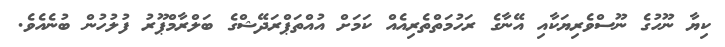
ކިޔާ ނޫހުގެ ނޫސްވެރިޔަކާއި އޭނާގެ ރަހުމަތްތެރިއެއް ކަމަށް އުއްތަޕްރަދޭޝްގެ ބަލްރާމްޕޫރު ފުލުހުން ބުނެއެވެ.